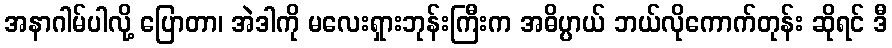
အနာဂါမ်ပါလို့ ပြောတာ၊ အဲဒါကို မလေးရှားဘုန်းကြီးက အဓိပ္ပာယ် ဘယ်လိုကောက်တုန်း ဆိုရင် ဒီ